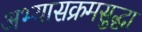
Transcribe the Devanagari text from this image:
अभ्यासक्रमसुद्धा